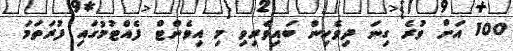
100 އަށް ވުރެ ގިނަ ދިވެހިން ބައިވެރިވި މި އިވެންޓް ފެއްޓުމުގައި ފުރަތަމަ